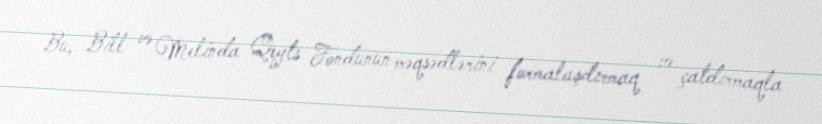
Bu, Bill və Melinda Qeyts Fondunun məqsədlərini formalaşdırmaq və çatdırmaqla